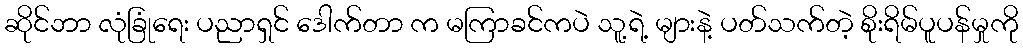
ဆိုင်ဘာ လုံခြုံရေး ပညာရှင် ဒေါက်တာ က မကြာခင်ကပဲ သူ့ရဲ့ များနဲ့ ပတ်သက်တဲ့ စိုးရိမ်ပူပန်မှုကို